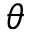
\theta